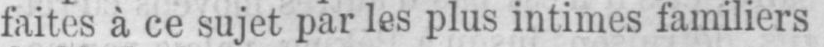
faites à ce sujet par les plus intimes familiers